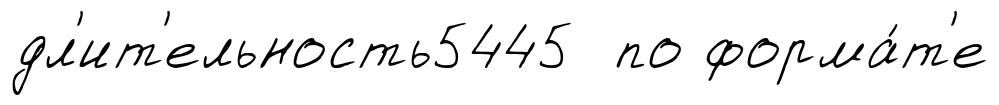
дл'ит'ельность5445 по форма́т'е